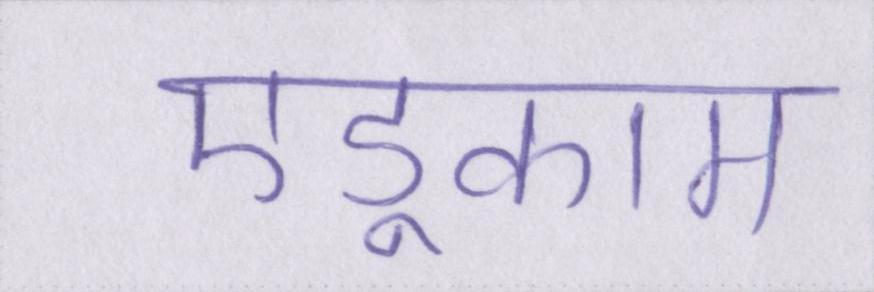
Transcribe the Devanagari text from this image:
एडूकाम